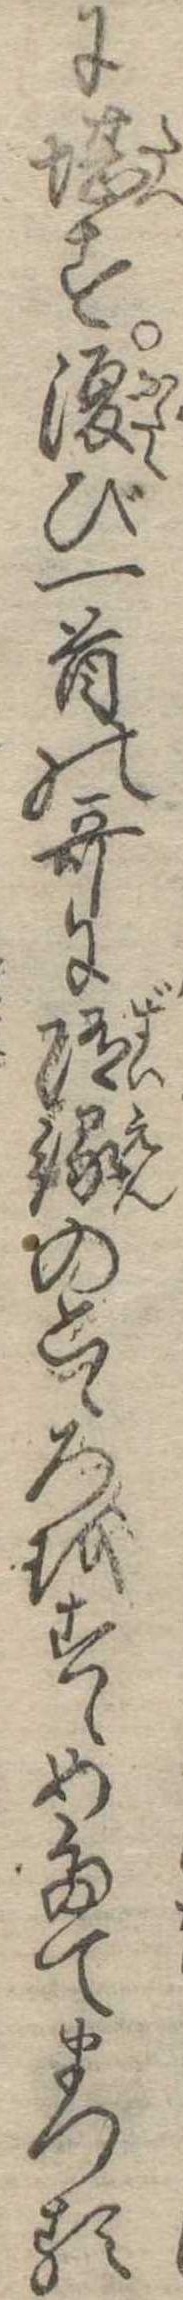
に堪す復び一首の歌に随縁のこゝろをすゝめたてまつる